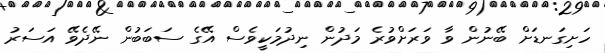
ހަށިގަނޑަށް ބޭނުން ވާ ވަރަށްވުރެ މަދުން ނިދުމަކީވެސް އޭގެ ސަބަބުން ނޭދެވޭ އަސަރު